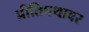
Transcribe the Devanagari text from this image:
प्रीतिपथावर